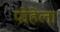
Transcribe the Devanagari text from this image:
पोहेला